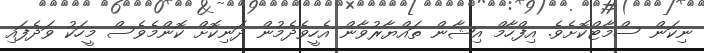
ނިކަން ސްމާޓްކޮށެވެ. އިފްހާމް އިޝާން ތައްޔާރުވާން އެހީވެދެމުން ދަނިކޮށް ކޮންމެވެސް މީހަކު ވަދެފައި